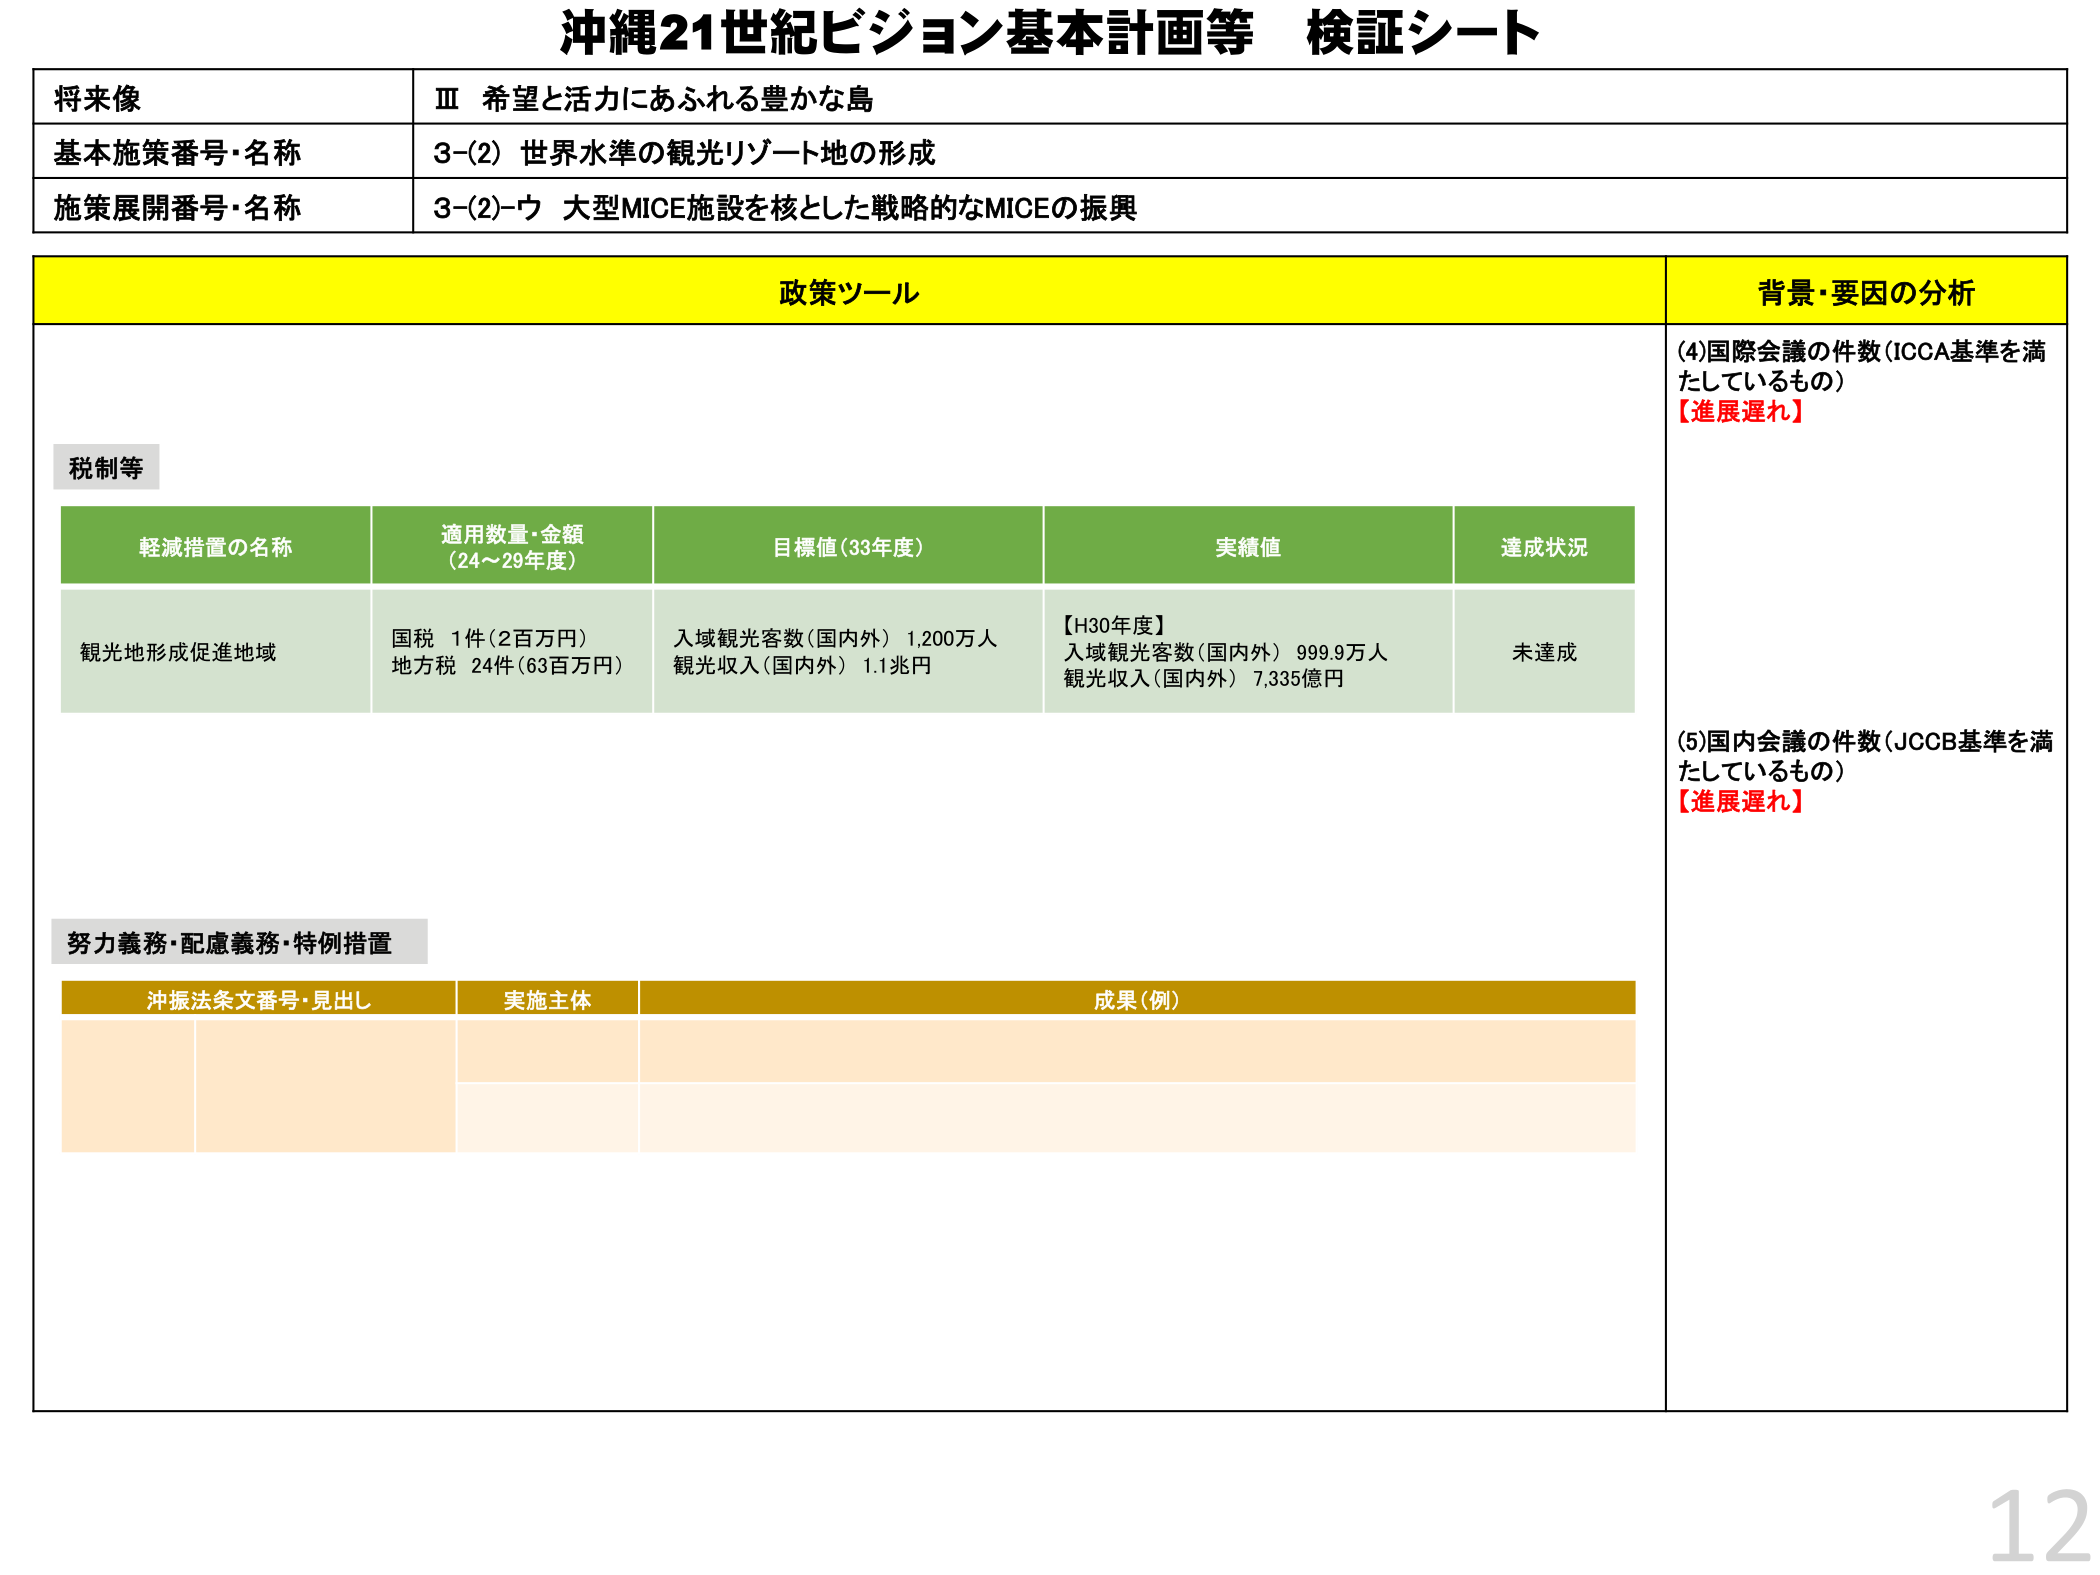
沖縄21世紀ビジョン基本計画等 検証シート

将来像
Ⅲ 希望と活力にあふれる豊かな島

基本施策番号・名称
3-(2) 世界水準の観光リゾート地の形成

施策展開番号・名称
3-(2)-ウ 大型MICE施設を核とした戦略的なMICEの振興

政策ツール
背景・要因の分析

税制等

軽減措置の名称
適用数量・金額（24～29年度）
目標値（33年度）
実績値
達成状況

観光地形成促進地域
国税 1件（2百万円）
地方税 24件（63百万円）
入域観光客数（国内外） 1,200万人
観光収入（国内外） 1.1兆円
【H30年度】
入域観光客数（国内外） 999.9万人
観光収入（国内外） 7,335億円
未達成

(4)国際会議の件数（ICCA基準を満たしているもの）
【進展遅れ】

(5)国内会議の件数（JCCB基準を満たしているもの）
【進展遅れ】

努力義務・配慮義務・特例措置

沖振法条文番号・見出し
実施主体
成果（例）

12